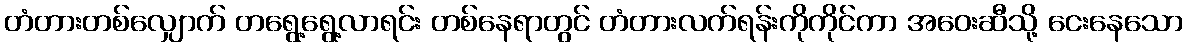
တံတားတစ်လျှောက် တရွေ့ရွေ့လာရင်း တစ်နေရာတွင် တံတားလက်ရန်းကိုကိုင်ကာ အဝေးဆီသို့ ငေးနေသော